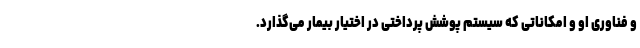
و فناوری او و امکاناتی که سیستم پوشش پرداختی در اختیار بیمار می‌گذارد.